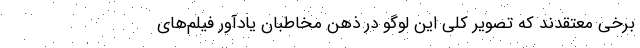
برخی معتقدند که تصویر کلی این لوگو در ذهن مخاطبان یادآور فیلم‌های